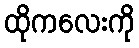
ထိုကလေးကို